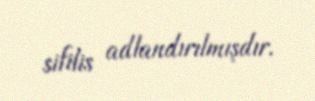
sifilis adlandırılmışdır.